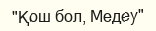
"Қош бол, Медеу"